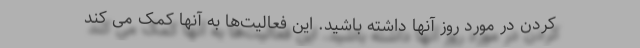
کردن در مورد روز آنها داشته باشید. این فعالیت‌ها به آنها کمک می کند